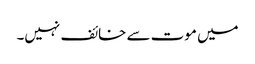
میں موت سے خائف نہیں۔